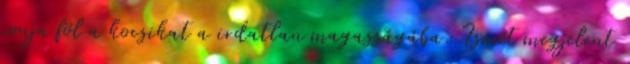
vonja föl a kocsikat a irdatlan magasságába. Ismét megjelent